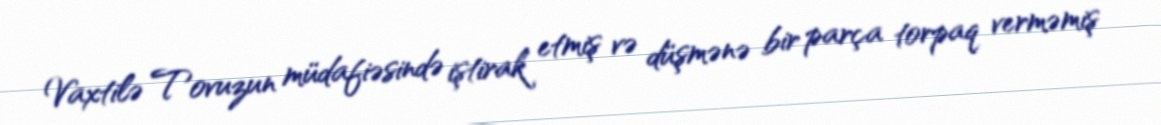
Vaxtilə Tovuzun müdafiəsində iştirak etmiş və düşmənə bir parça torpaq verməmiş